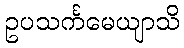
ဥပသင်္ကမေယျာသိ